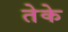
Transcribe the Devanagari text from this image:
तेके